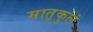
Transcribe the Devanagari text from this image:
मातृकुलं